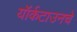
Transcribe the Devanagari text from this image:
यॉर्कटाउनचे